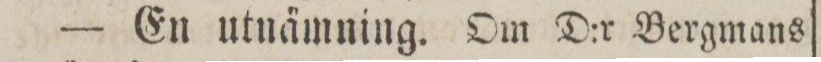
— En utnämning. Om D:r Bergmans